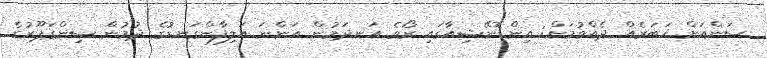
ސަންއަށް ޚަބަރެއް ދެއްވުމަށް: އިންޑޮނޭޝިއާގައި ރޯވެ އަނދަމުން އަންނަ އަލިފާންގަނޑުގެ ދުމުން ސިންގަޕޫރުގެ